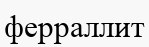
ферраллит